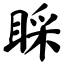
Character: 睬